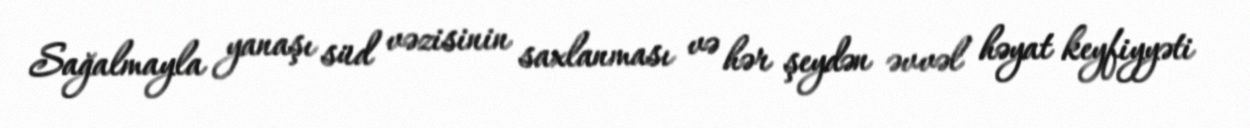
Sağalmayla yanaşı süd vəzisinin saxlanması və hər şeydən əvvəl həyat keyfiyyəti